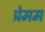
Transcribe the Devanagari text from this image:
प्रेमम